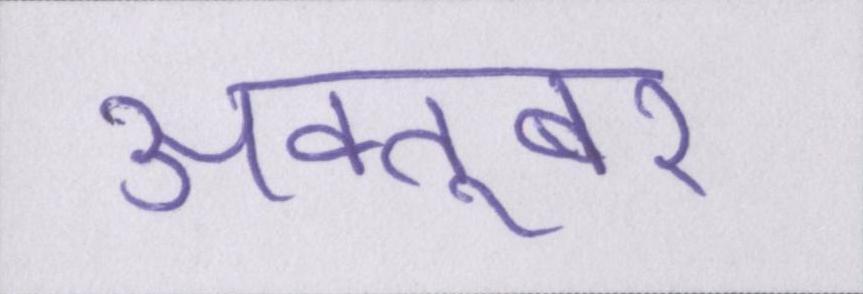
अक्तूबर